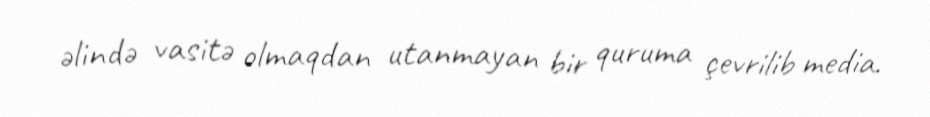
əlində vasitə olmaqdan utanmayan bir quruma çevrilib media.